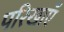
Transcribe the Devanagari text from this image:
परिखाएँ